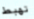
تهبط